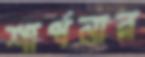
শার্পনার